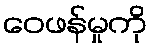
ဝေဖန်မှုကို